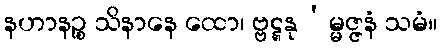
နဟာနဉ္စ သိနာနေ ထော၊ ဗ္ဗဋ္ဋနု’မ္မဇ္ဇနံ သမံ။